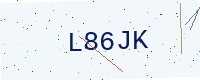
Text: L86JK